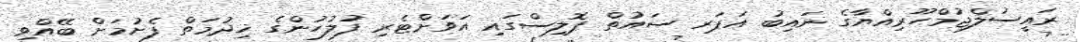
ރައީސުލްޖުމްހޫރިއްޔާގެ ނައިބު އަޕަރ ސައުތް ޕޮލިސްގައި އަވަށްޓެރި ފުލުހުންގެ ޚިދުމަތް ފެށުމަށް ބޭއްވި